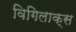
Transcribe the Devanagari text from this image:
विगिलाक्स